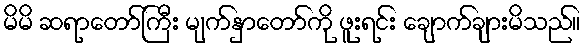
မိမိ ဆရာတော်ကြီး မျက်နှာတော်ကို ဖူးရင်း ချောက်ချားမိသည်။